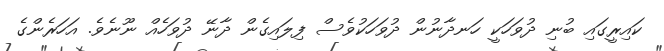
ކައިރީގައި ބުނި ދުވަހަކީ ހަނދާނުން ދުވަހަކުވެސް ފިލައިގެން ދާނޭ ދުވަހެއް ނޫނެވެ. އަހަރެންގެ